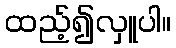
ထည့်၍လှူပါ။